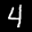
Label: 4